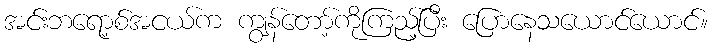
အင်းဘရော့စ်အငယ်က ကျွန်တော့်ကိုကြည့်ပြီး ပြောနေသယောင်ယောင်။